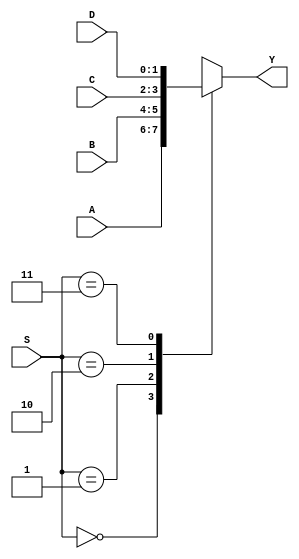
module mux_case(A,B,C,D,S,Y);
    
    // declaring inputs
    input [1:0] A,B,C,D;
    input [1:0] S;

    output reg [1:0] Y;
    //Interim Signals

    //Module Initiation

    //Logic Design
    //Case
    //Case(var)
    //using case statement because the conditions for 4:1 mux are 3 to 4 so the better way to implement this condition we use Case Statement

    always @ (A or B or C or D or S) begin
      
        case(S)
            2'b00 : begin
                    Y <= A;
                    end
            2'b01 : begin
                    Y <= B;
                    end
            2'b10 : begin
                    Y <= C;
                    end
            2'b11 : begin
                    Y <= D;
                    end
            default begin
                    Y <= 2'b00;
                    end
        endcase                                       
    end

endmodule